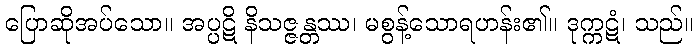
ပြောဆိုအပ်သော။ အပ္ပဋိ နိသဇ္ဇန္တဿ၊ မစွန့်သောရဟန်း၏။ ဒုက္ကဋံ၊ သည်။